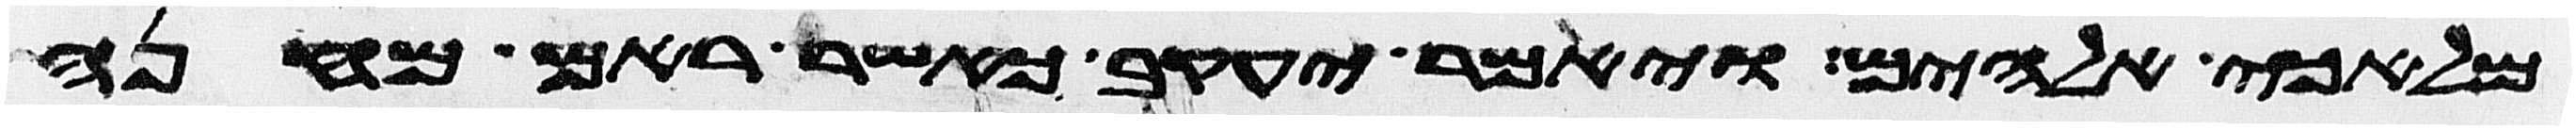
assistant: מלאכי אלהים ויאמר יעקב כאשר ראם מחנה